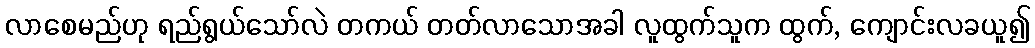
လာစေမည်ဟု ရည်ရွယ်သော်လဲ တကယ် တတ်လာသောအခါ လူထွက်သူက ထွက်, ကျောင်းလခယူ၍